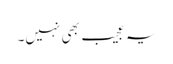
یہ عجیب بھی نہیں۔